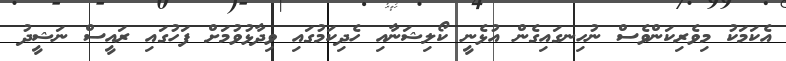
އެކަމަކު މިވެރިކަންވެސް ނުހިނގައިގެން އުޅެނީ ކޯލިޝަނާއި ހެދިކަމުގައި ވިދާޅުވުމަށް ފަހުގައި ރައީސް ނަޝީދު